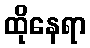
ထိုနေရာ